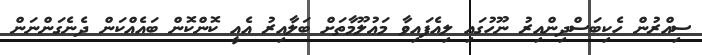
ސިއްރުން ހެކިބަސްދިންއިރު ނޫހުގައި ލިއެފައިވާ މަޢުލޫމާތަށް ބަލާއިރު އެއީ ކޮންކޮން ބައެއްކަން ދެނެގަންނަން